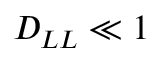
D _ { L L } \ll 1